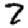
Digit: 7